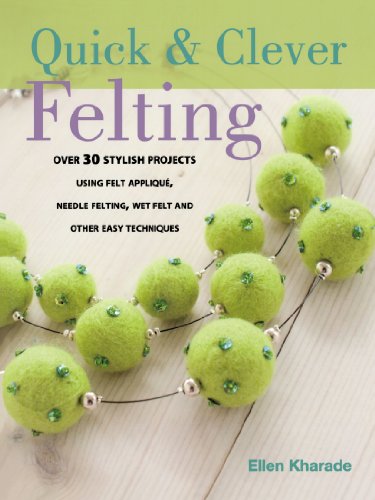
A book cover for Quick & Clever Felting; Ellen Kharade; Crafts, Hobbies & Home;